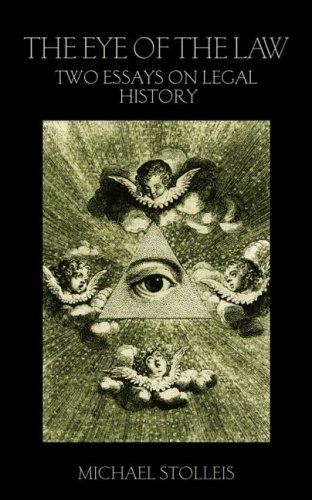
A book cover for The Eye of the Law: Two Essays on Legal History (Birkbeck Law Press); Michael Stolleis; Law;